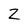
Character: z